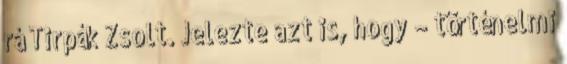
rá Tirpák Zsolt. Jelezte azt is, hogy – történelmi